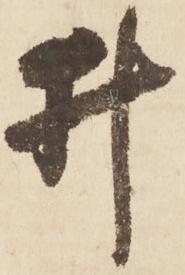
井